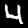
Label: 4